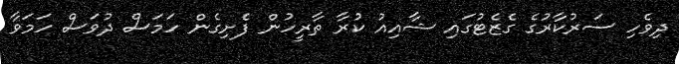
ދިވެހި ސަރުކާރުގެ ގެޒެޓުގައި ޝާއިއު ކުރާ ތާރީހުން ފެށިގެން ހަމަސް ދުވަސް ހަމަވާ